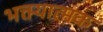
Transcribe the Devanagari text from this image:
भक्त्यात्मक